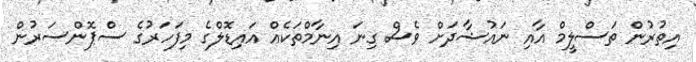
އިތުރުން ތަސްލީމް އާއި ނައުޝާދަށް ވެސް ގިނަ އިނާމްތަކެއް އައިޑޮލްގެ މިފަހަރުގެ ސްޕޮންސަރުން